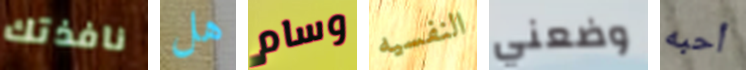
نافذتك هل وسام النفسيه وضعني أحبه